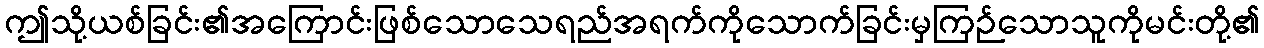
ဤသို့ယစ်ခြင်း၏အကြောင်းဖြစ်သောသေရည်အရက်ကိုသောက်ခြင်းမှကြဉ်သောသူကိုမင်းတို့၏